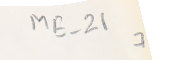
ME-21 7